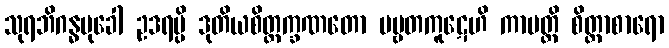
သုရဘိဂန္ဓမုခေါ ဥဒရမ္ပိ ဒုတိယစိတ္တက္ခဏတော ပဗ္ဗတကူဋေဟိ ကာပတ္တိ စိတ္တာစာရော